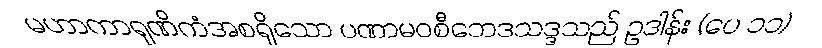
မဟာကာရုဏိကံအစရှိသော ပဏာမဝစီဘေဒသဒ္ဒသည် ဥဒါန်း (ပေ ၁၁)